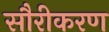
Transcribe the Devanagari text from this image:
सौरीकरण